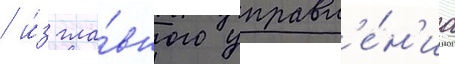
/ и́з гла́вного управл'е́н'иа